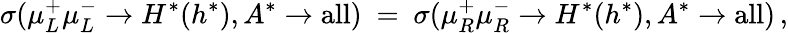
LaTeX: \sigma(\mu_{L}^{+}\mu_{L}^{-}\to H^{*}(h^{*}),A^{*}\to\mathrm{all})\ =\ \sigma(\mu_{R}^{+}\mu_{R}^{-}\to H^{*}(h^{*}),A^{*}\to\mathrm{all})\, ,